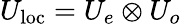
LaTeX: U_{\mathrm{loc}}=U_{e}\otimes U_{o}